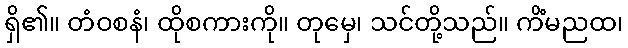
ရှိ၏။ တံဝစနံ၊ ထိုစကားကို။ တုမှေ၊ သင်တို့သည်။ ကိံမညထ၊